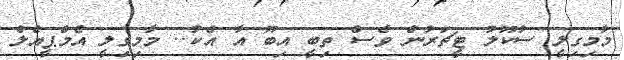
މާމިގިލީ ސުކޫލު ޓީޗަރުން ވެސް ތިބީ އިބޫ އާ އެކު.. މާމިގިލީ އެމްޕީއެލް